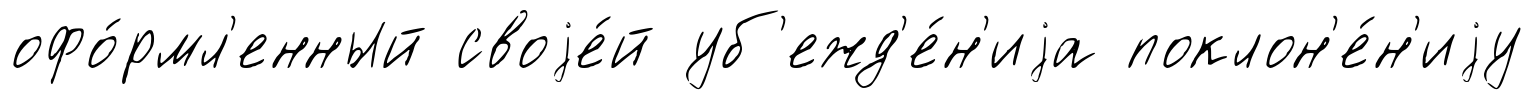
офо́рмл'енный своjе́й уб'ежд'е́н'иjа поклон'е́н'иjу